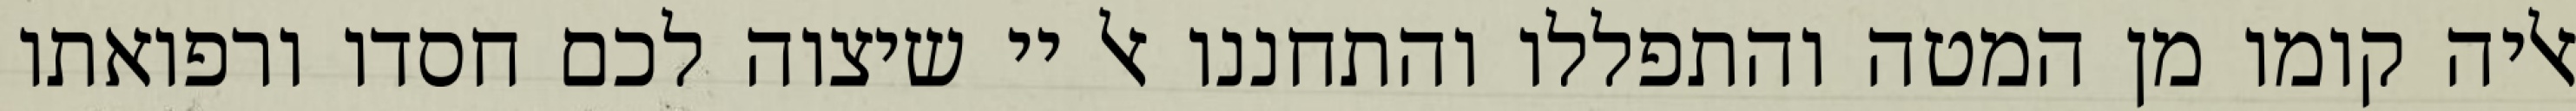
אליה קומו מן המטה והתפללו והתחננו אל יי שיצוה לכם חסדו ורפואתו